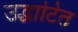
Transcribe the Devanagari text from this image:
उद्धाटित